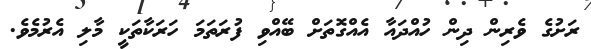
ރަށުގެ ވެރިން ދިން ހުއްދައާ އެއްގޮތަށް ބޭއްވި ފުރަތަމަ ހަރަކާތަކީ މާލި އެރުމެވެ.